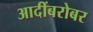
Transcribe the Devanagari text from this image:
आदींबरोबर